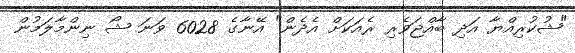
"ޝުކުރިއްޔާ އަދި ބާއްޖަވެރި ރެއަކަށް އެދެން" އޭނާގެ 6028 ވަނަ ޝޯ ނިންމާލަމުން